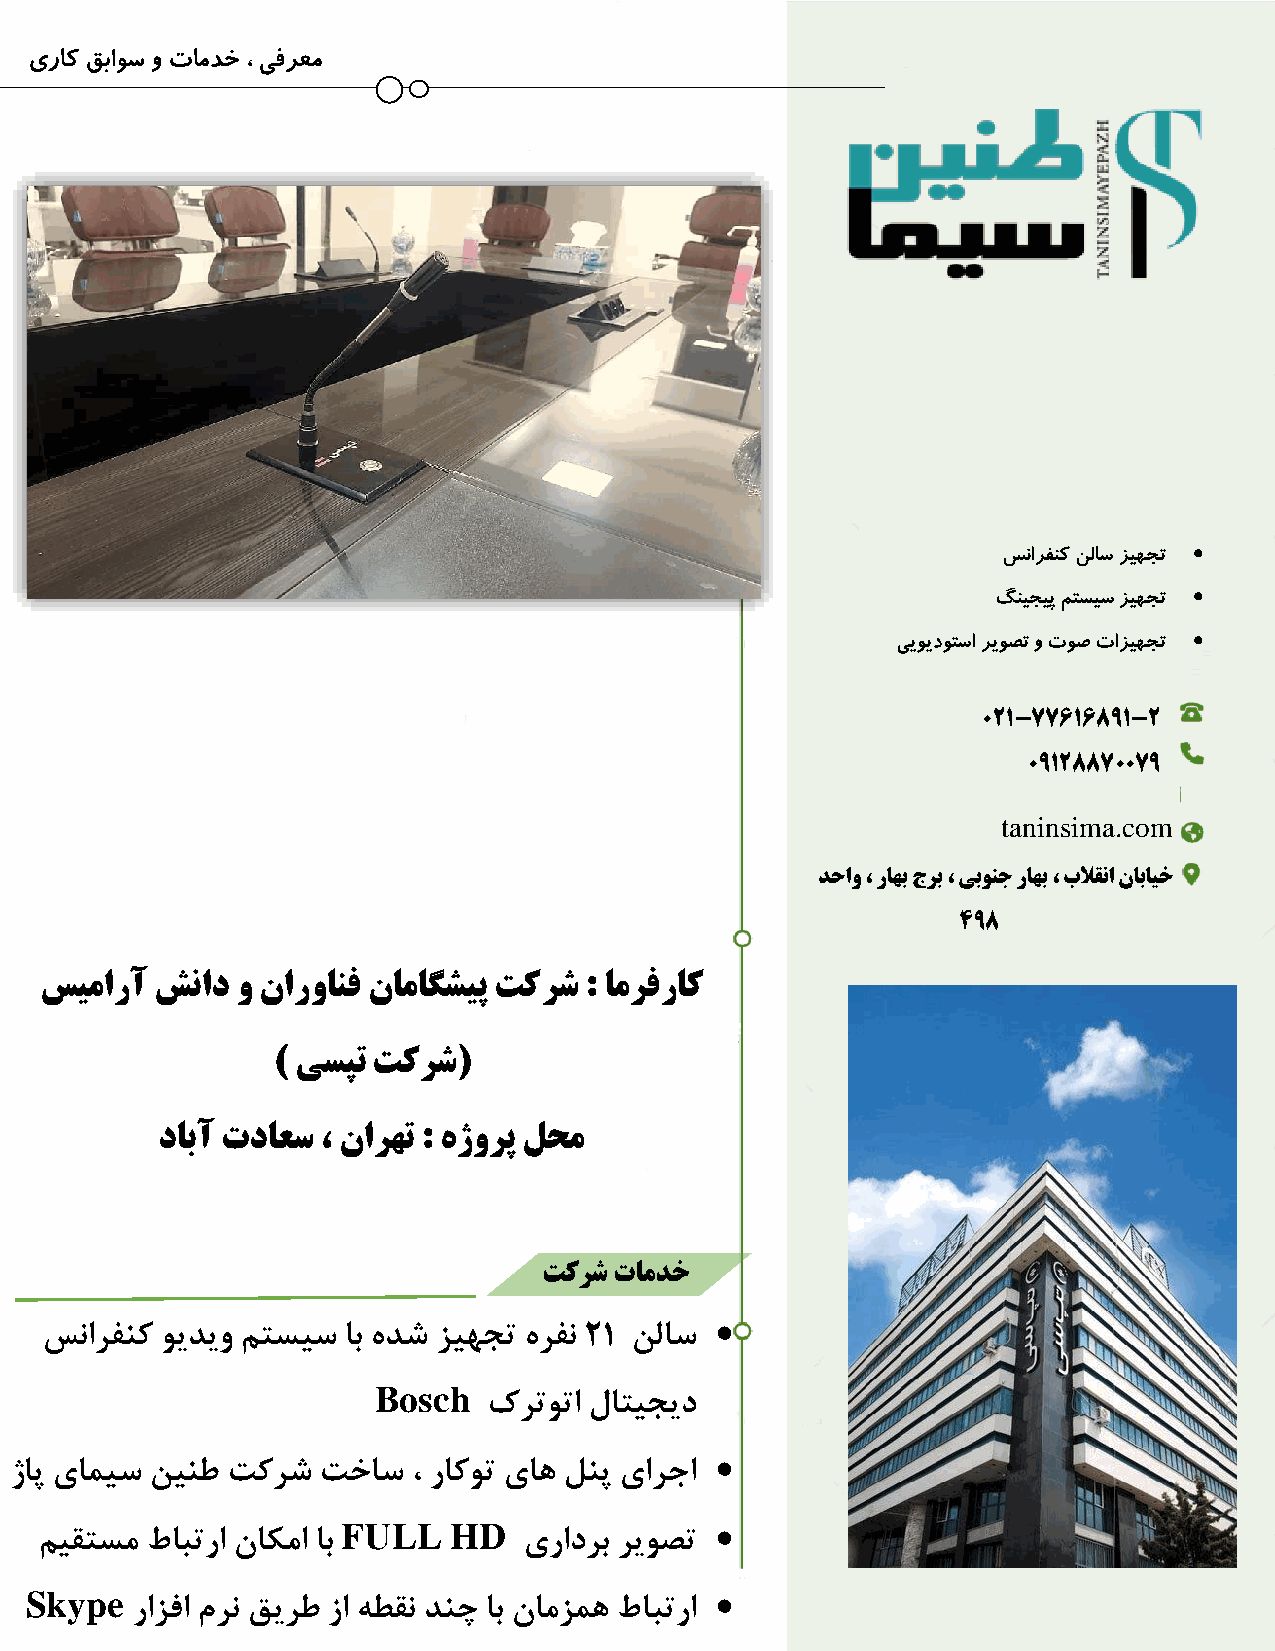
یراک قباوس و تامدخ ، یفرعم
 
 سنارفنک نلاس زیهجت
 
 گنیجیپ متسیس زیهجت
 
 ییویدوتسا ریوصت و توص تازیهجت
 021-77616891-2
 09128870079
 taninsima.com
 دحاو ، راهب جرب ، یبونج راهب ، بلاقنا نابایخ
 498
 سیمارآ شناد  و ناروانف ناماگشیپ تکرش : امرفراک
 ) یسپت تکرش(
 دابآ تداعس ، نارهت : هژورپ لحم
 تکرش تامدخ
 
 سنارفنک ویدیو متسیس اب هدش زیهجت هرفن 21 نلاس
 Bosch
 کرتوتا لاتیجید
 
 ژاپ یامیس ن ینط تکرش تخاس ، راکوت یاه لنپ یارجا
 FULL   HD               
 میقتسم  طابترا ناکما اب          یرادرب ریوصت
 Skype                                        
 رازفا مرن قیرط زا هطقن دنچ اب نامزمه طابترا